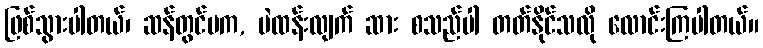
ဖြစ်သွားပါတယ်၊ ဆန်တွင်မက, ပဲထန်းလျက် ဆား စသည်ပါ တတ်နိုင်သလို လောင်းကြပါတယ်။